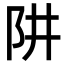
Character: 阱